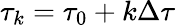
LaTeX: \tau_{k}=\tau_{0}+k\Delta\tau